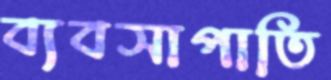
ব্যবসাপাতি